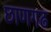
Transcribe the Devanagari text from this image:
छाणगढ